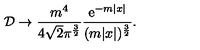
{ \cal D } \to \frac { m ^ { 4 } } { 4 \sqrt { 2 } \pi ^ { \frac 3 2 } } \frac { \mathrm { e } ^ { - m | x | } } { ( m | x | ) ^ { \frac 3 2 } } .